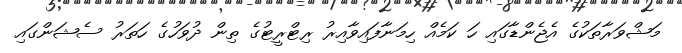
މަޝްވަރާތަކުގެ އެޖެންޑާގައި ހަ ކަމެއް ހިމަނާފައިވާއިރު ރިޓްރީޓުގެ ތިން ދުވަހުގެ ހަތަރު ސެޝަންގައި